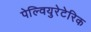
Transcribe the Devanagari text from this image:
पेल्वियुरेटेरिक